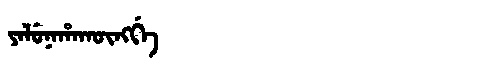
Manchu: ᠶᠠᠯᡠᠨᠠᡥᠠᡴᡡᠩᡤᡝ
Romanization: YALUNAHAKŪNGGE